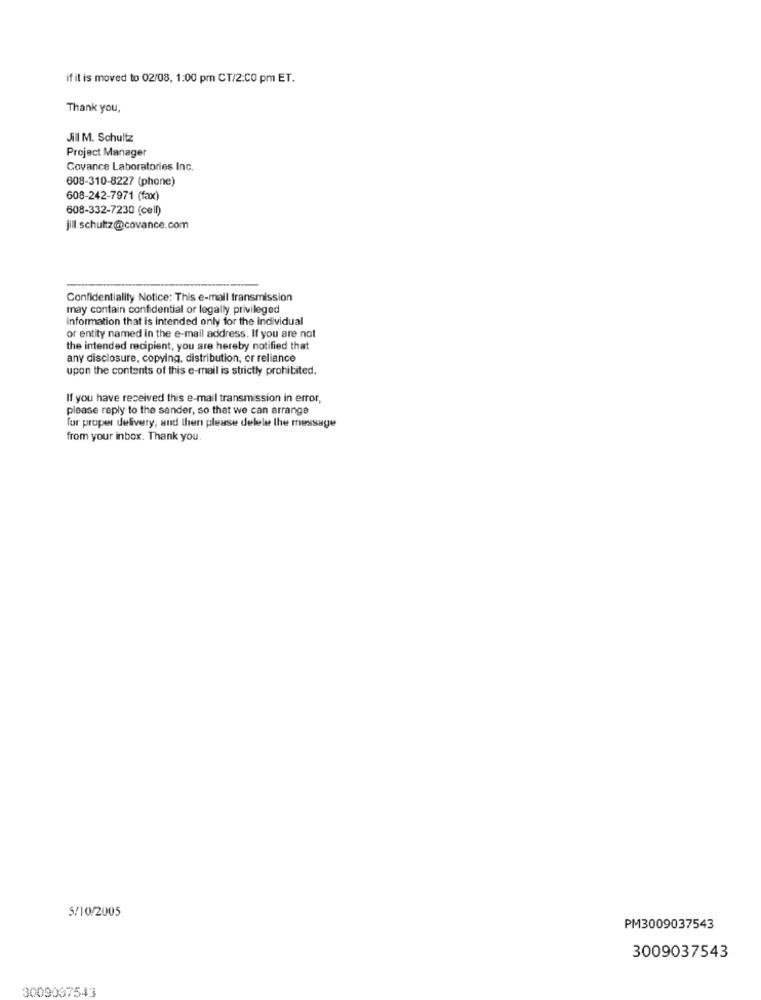
if it is moved to 02/08, 1:00 pm CT/2:00 pm ET.
Thank you,
Jill M. Schultz
Project Manager
Covance Laboratories Inc.
608-310-8227 (phone)
608-242-7971 (fax)
608-332-7230 (cell)
jill.schultz@covance.com
Confidentiality Notice: This e-mail transmission
may contain confidential or legally privileged
information that is intended only for the individual
or entity named in the e-mail address. If you are not
the intended recipient, you are hereby notified that
any disclosure, copying, distribution, or reliance
upon the contents of this e-mail is strictly prohibited.
If you have received this e-mail transmission in error,
please reply to the sender, so that we can arrange
for proper delivery, and then please delete the message
from your inbox. Thank you.
5/10/2005
PM3009037543
3009037543
3009037543